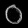
Digit: ၀